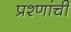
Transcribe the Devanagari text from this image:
प्रश्णांची